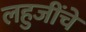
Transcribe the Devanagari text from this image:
लहुजींचे